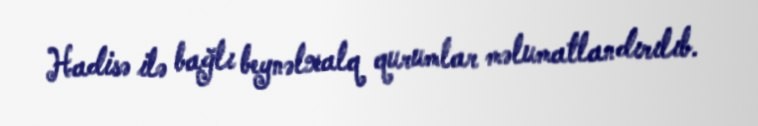
Hadisə ilə bağlı beynəlxalq qurumlar məlumatlandırılıb.